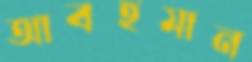
আবহমান